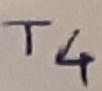
Text: T4